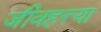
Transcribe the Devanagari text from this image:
जीवहत्त्या